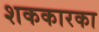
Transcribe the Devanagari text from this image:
शककारका